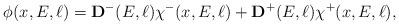
LaTeX: \begin{align*} \phi(x,E,\ell) =\mathbf{ D}^{-}(E,\ell) \chi^-(x,E,\ell) + \mathbf{ D}^{+}(E,\ell) \chi^+(x,E,\ell), \end{align*}